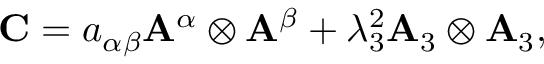
\begin{array} { r } { { \bf { C } } = { a } _ { \alpha \beta } { \bf { A } } ^ { \alpha } \otimes { \bf { A } } ^ { \beta } + \lambda _ { 3 } ^ { 2 } { \bf { A } } _ { 3 } \otimes { \bf { A } } _ { 3 } , } \end{array}